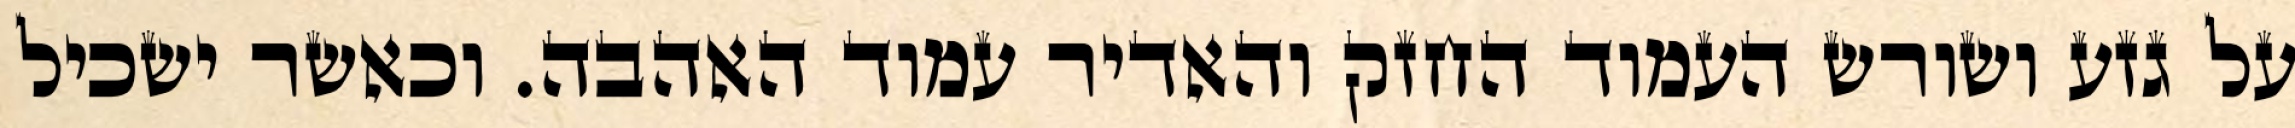
על גזע ושורש העמוד החזק והאדיר עמוד האהבה. וכאשר ישכיל